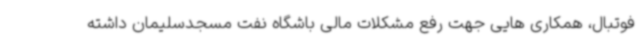
فوتبال، همکاری هایی جهت رفع مشکلات مالی باشگاه نفت مسجدسلیمان داشته